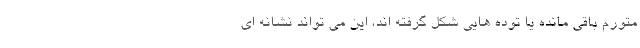
متورم باقی مانده یا توده هایی شکل گرفته اند، این می تواند نشانه ای